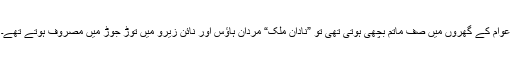
عوام کے گھروں میں صف ماتم بچھی ہوتی تھی تو ”نادان ملک“ مردان ہاﺅس اور نائن زیرو میں توڑ جوڑ میں مصروف ہوتے تھے۔